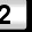
Digit: 2